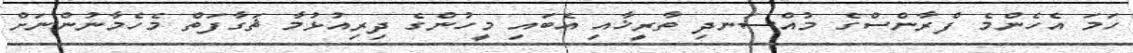
ހަމަ އެހެންމެ ފްރާންސްގެ މުއްސަނދި ތާރީޚާއި އެބައި މީހުންގެ ދިރިއުޅުމާ ޘަގާފަތް މެހެމާނުންނަށް